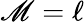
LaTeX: \mathscr{M}=\ell